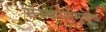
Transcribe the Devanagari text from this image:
संस्कारामुळेच